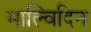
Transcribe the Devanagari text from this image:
माल्विदिन